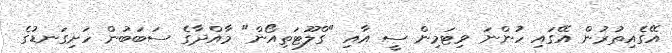
އޭގެއިތުރުން އޭގައި ހުންނަ ވިޓަމިން ސީ އާއި "ގްލޫޓަތިއޯން" މާއްދާގެ ސަބަބުން ހަށިގަނޑުގެ